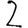
Digit: 2